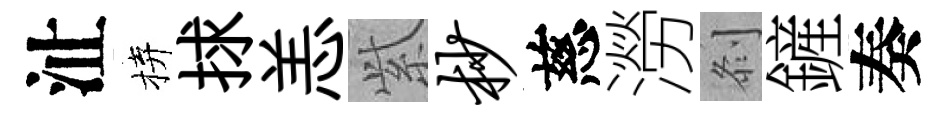
沚拚捄恙𬗋杪慈澇𠛴鏟奏